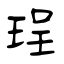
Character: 珵